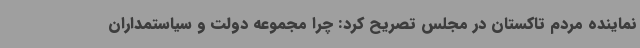
نماینده مردم تاکستان در مجلس تصریح کرد: چرا مجموعه دولت و سیاستمداران